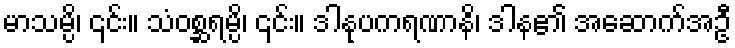
မာသမ္ပိ၊ ၎င်း။ သံဝစ္ဆရမ္ပိ၊ ၎င်း။ ဒါနုပကရဏာနိ၊ ဒါန၏ အဆောက်အဦ